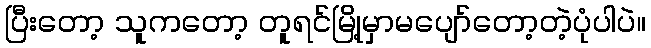
ပြီးတော့ သူကတော့ တူရင်မြို့မှာမပျော်တော့တဲ့ပုံပါပဲ။